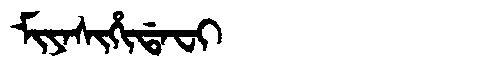
Manchu: ᠮᡳᠶᠠᠰᡳᡥᡳᡩᠠᠸᡳ
Romanization: MIYASIHIDAFI